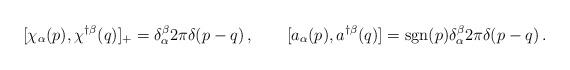
LaTeX: \begin{align*}[ \chi_{\alpha}(p) , \chi^{\dagger\beta} ( q) ]_+ = \delta^{\beta}_{\alpha} 2\pi \delta( p - q) \, , \qquad [a_{\alpha}(p), a^{\dagger\beta} (q)] = {\rm sgn} (p)\delta^{\beta}_{\alpha}2\pi\delta(p -q) \, .\end{align*}